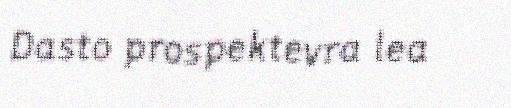
Dasto prospektevra lea